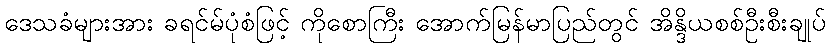
ဒေသခံများအား ခရင်မ်ပုံစံဖြင့် ကိုစောကြီး အောက်မြန်မာပြည်တွင် အိန္ဒိယစစ်ဦးစီးချုပ်